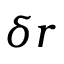
\delta r